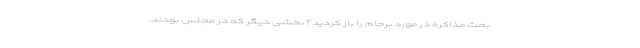
بحث مذاکره در مورد برجام را باز کردید؟ بخشی دیگر که در مجلس بودند،